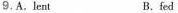
9.A.lent B.fed